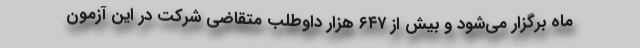
ماه برگزار می‌شود و بیش از ۶۴۷ هزار داوطلب متقاضی شرکت در این آزمون